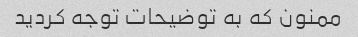
ممنون که به توضیحات توجه کردید